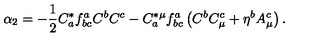
\alpha _ { 2 } = - \frac { 1 } { 2 } C _ { a } ^ { * } f _ { b c } ^ { a } C ^ { b } C ^ { c } - C _ { a } ^ { * \mu } f _ { b c } ^ { a } \left( C ^ { b } C _ { \mu } ^ { c } + \eta ^ { b } A _ { \mu } ^ { c } \right) .